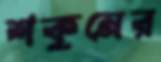
শকুনের